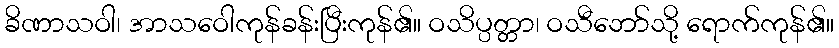
ခိဏာသဝါ၊ အာသဝေါကုန်ခန်းပြီးကုန်၏။ ဝသိပ္ပတ္တာ၊ ဝသီဘော်သို့ ရောက်ကုန်၏။